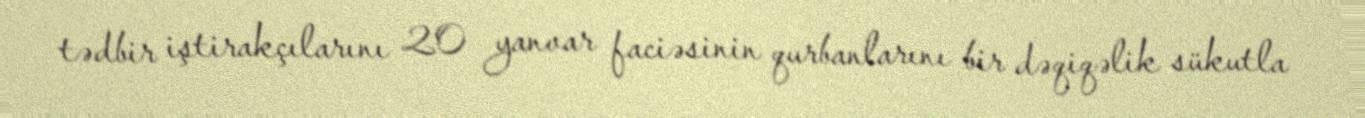
tədbir iştirakçılarını 20 yanvar faciəsinin qurbanlarını bir dəqiqəlik sükutla